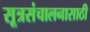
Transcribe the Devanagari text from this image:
सूत्रसंचालनासाठी